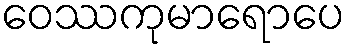
ဝေဿကုမာရောပေ